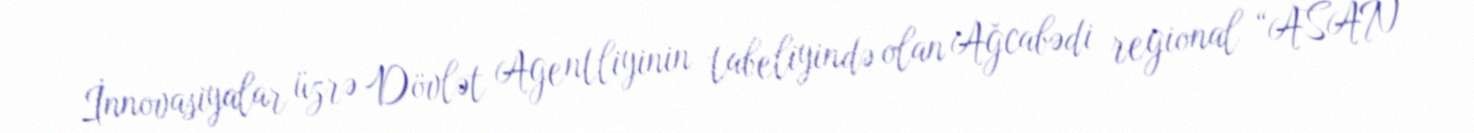
İnnovasiyalar üzrə Dövlət Agentliyinin tabeliyində olan Ağcabədi regional “ASAN